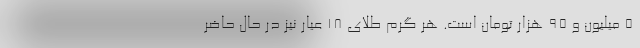
5 میلیون و 95 هزار تومان است. هر گرم طلای 18 عیار نیز در حال حاضر